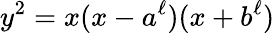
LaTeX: y^{2}=x(x-a^{\ell})(x+b^{\ell})